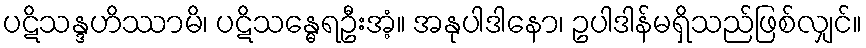
ပဋိသန္ဒဟိဿာမိ၊ ပဋိသန္ဓေရဦးအံ့။ အနုပါဒါနော၊ ဥပါဒါန်မရှိသည်ဖြစ်လျှင်။